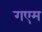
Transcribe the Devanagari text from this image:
गएम